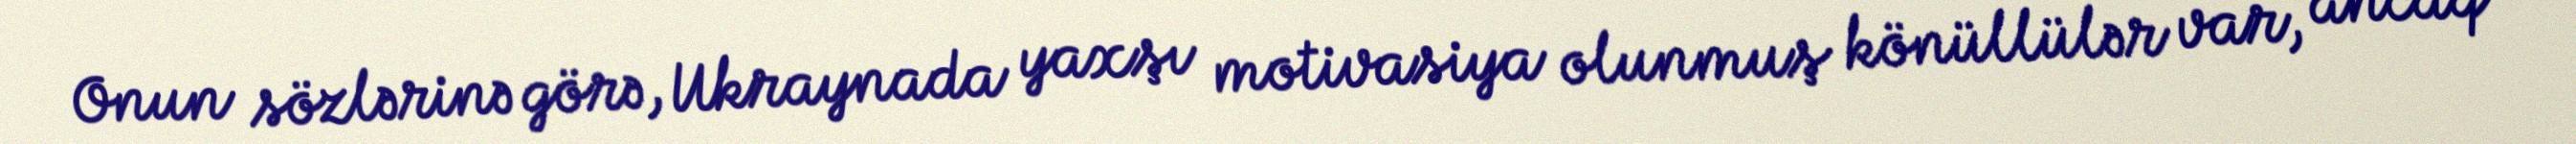
Onun sözlərinə görə, Ukraynada yaxşı motivasiya olunmuş könüllülər var, ancaq